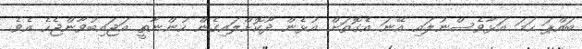
ބައްޕަ ހަމަ އަޅާވެސްނުލައި އޭނަ އެގޮތަށް އުޅެން ދޫކޮށްލައިގެން ހުންނާތީ އަޖައިބުވާންޖެހެ އެވެ.